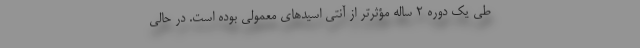
طی یک دوره 2 ساله مؤثرتر از آنتی اسیدهای معمولی بوده است. در حالی